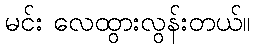
မင်း လေထွားလွန်းတယ်။